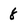
Character: 8